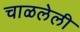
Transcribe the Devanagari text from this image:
चाळलेली